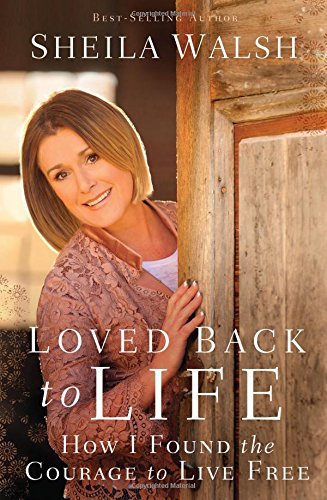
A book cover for Loved Back to Life: How I Found the Courage to Live Free; Sheila Walsh; Biographies & Memoirs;